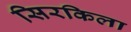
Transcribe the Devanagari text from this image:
सिरकिला